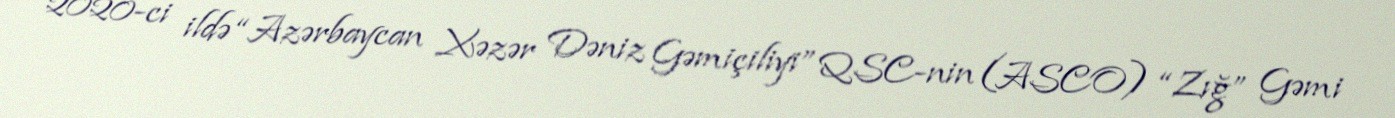
2020-ci ildə “Azərbaycan Xəzər Dəniz Gəmiçiliyi” QSC-nin (ASCO) “Zığ” Gəmi